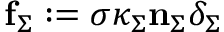
\mathbf { f } _ { \Sigma } : = \sigma \kappa _ { \Sigma } \mathbf { n } _ { \Sigma } \delta _ { \Sigma }